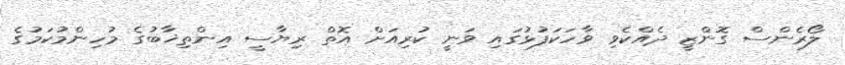
ލޯރެންސް ގޮންޒީ ދެއްކެވި ވާހަކަފުޅުގައި ވަނީ ކުރިއަށް އޮތް ރިޔާސީ އިންތިޚާބުގެ މުހިންމުކަމުގެ